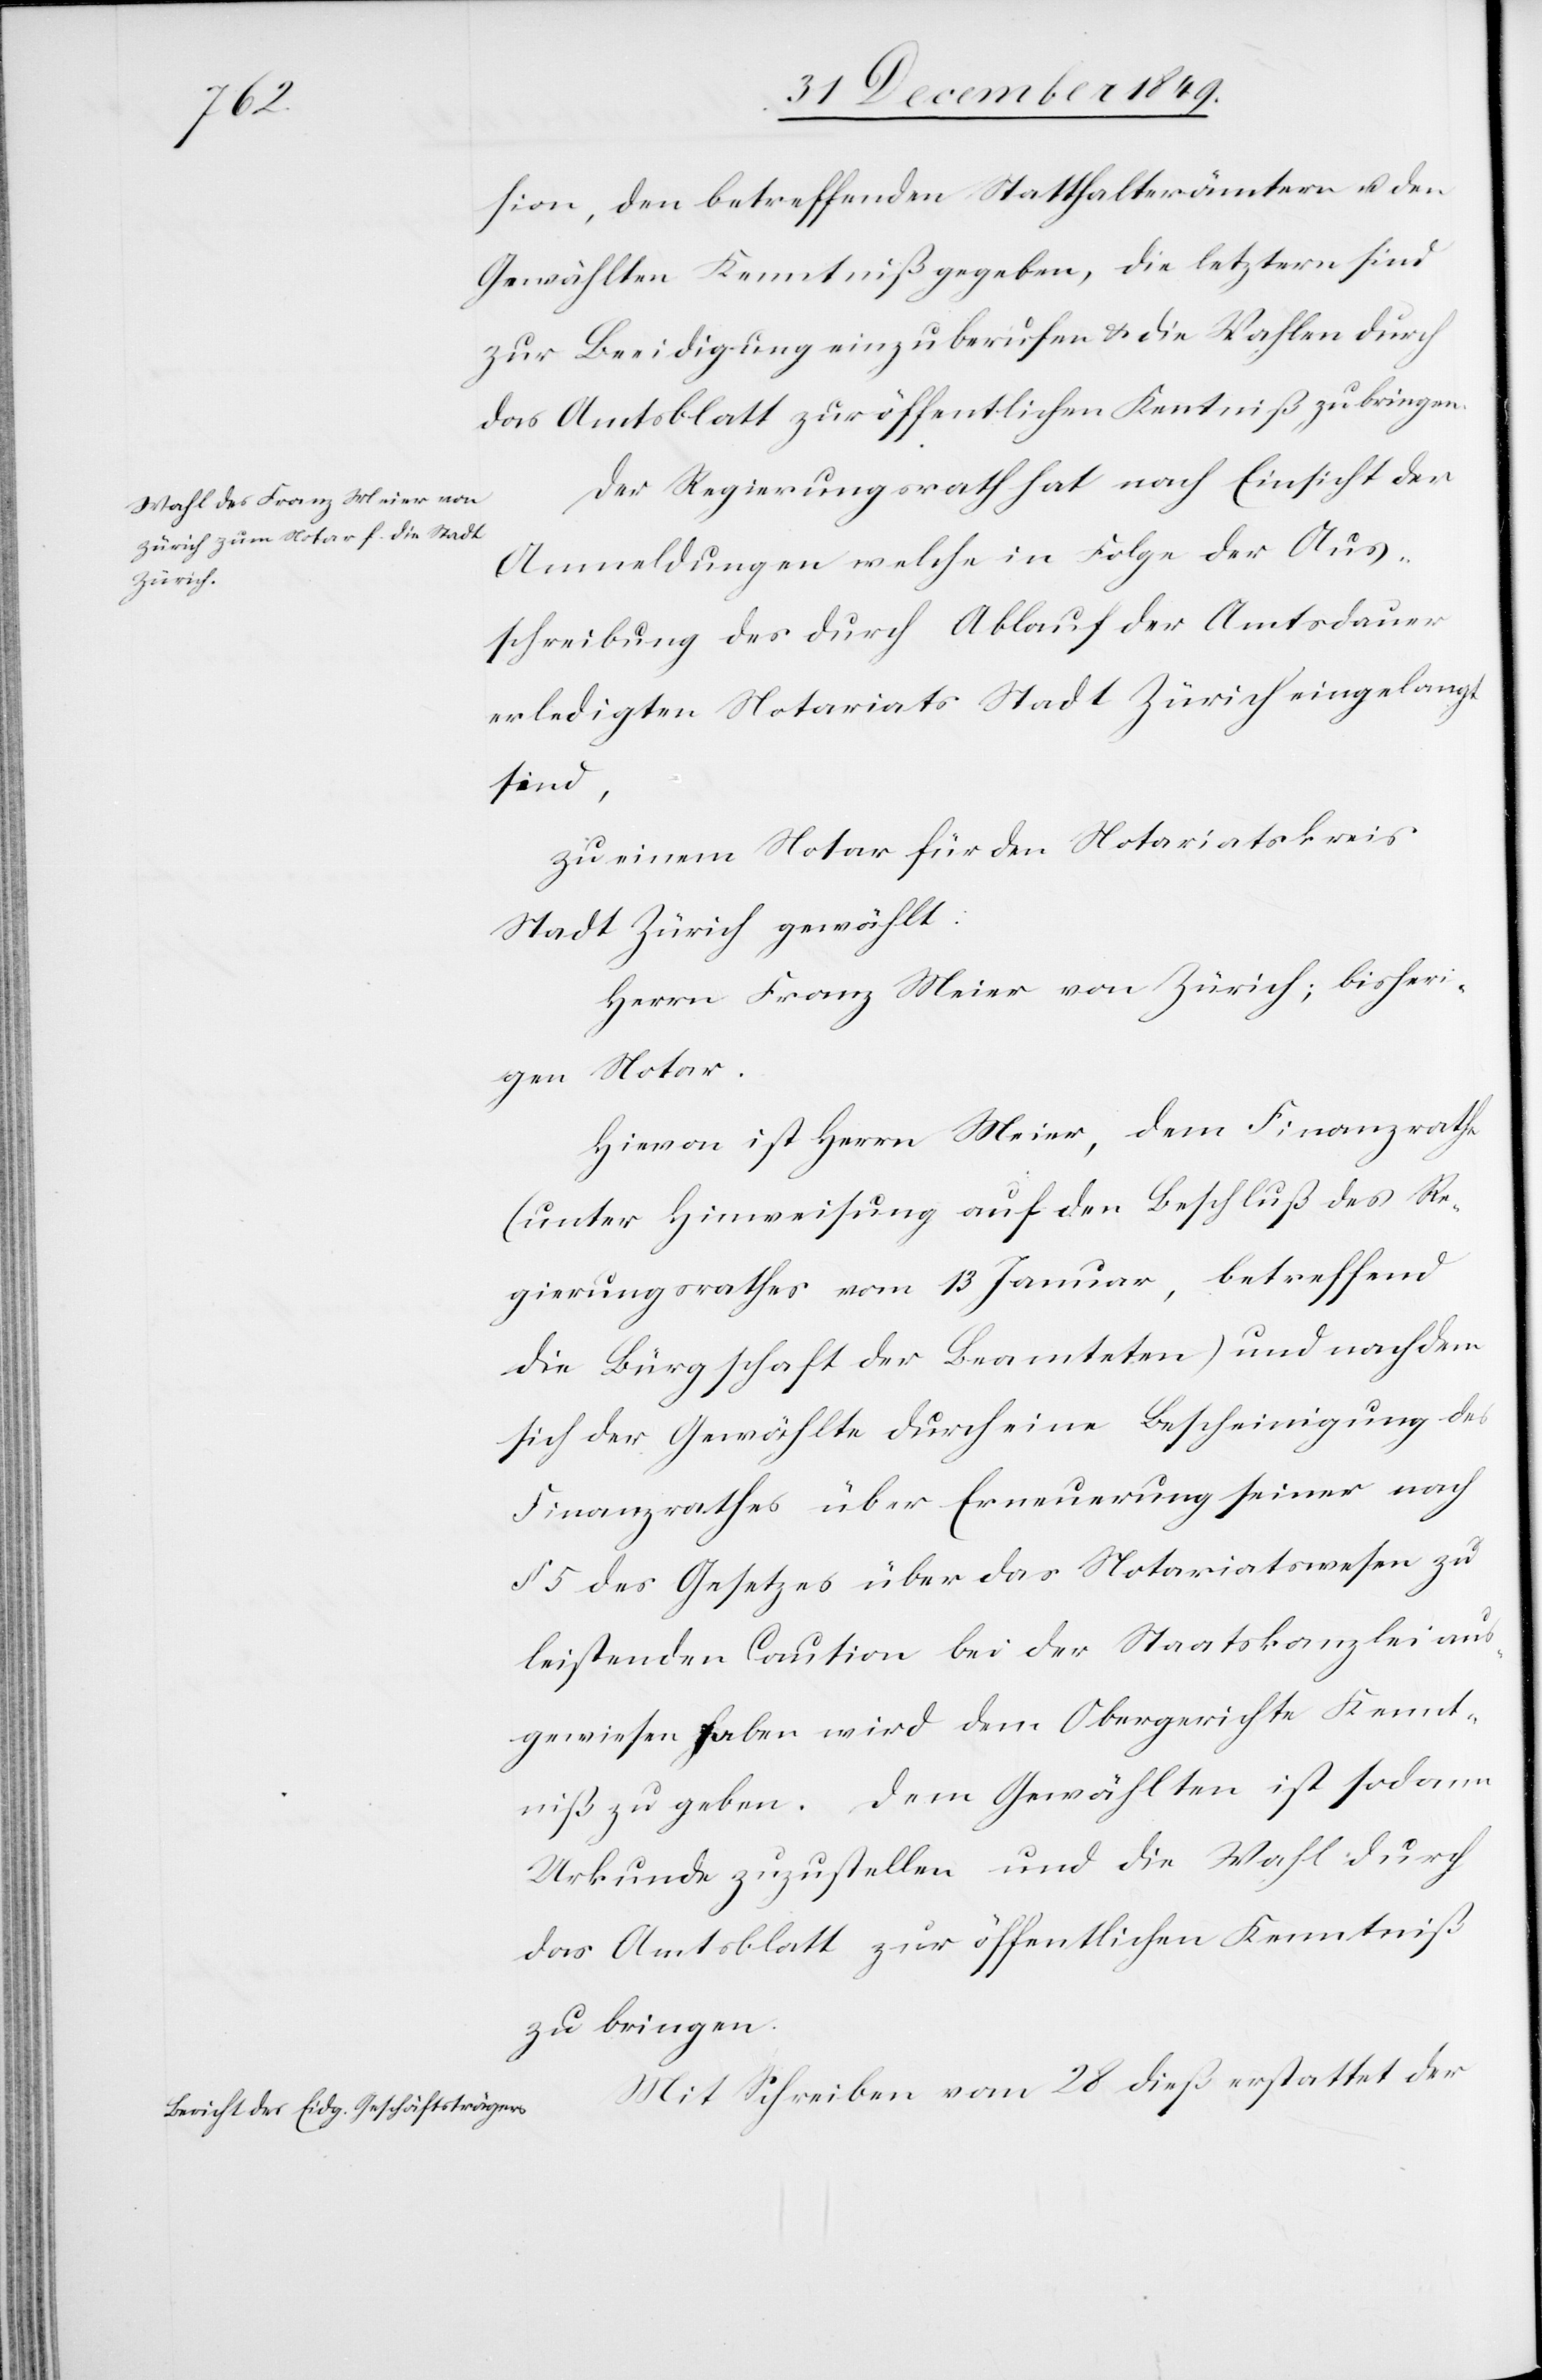
sion, den betreffenden Statthalterämtern u. den
Gewählten Kenntniß gegeben, die letztern sind
zur Beeidigung einzuberufen, u. die Wahlen durch
das Amtsblatt zur öffentlichen Kenntniß zu bringen.
Der Regierungsrath hat nach Einsicht der
Anmeldungen welche in Folge der Aus¬
schreibung des durch Ablauf der Amtsdauer
erledigten Notariats Stadt Zürich eingelangt
sind,
zu einem Notar für den Notariatskreis
Stadt Zürich gewählt:
Herrn Franz Meier von Zürich, bisheri¬
gen Notar.
Hievon ist Herrn Meier, dem Finanzrathe
(unter Hinweisung auf den Beschluß des Re¬
gierungsrathes vom 13 Januar, betreffend
die Bürgschaft der Beamteten) und nachdem
sich der Gewählte durch eine Bescheinigung des
Finanzrathes über Erneuerung seiner nach
§ 5 des Gesetzes über das Notariatswesen zu
leistenden Caution bei der Staatskanzlei aus¬
gewiesen haben wird dem Obergerichte Kennt¬
niß zu geben. Dem Gewählten ist sodann
Urkunde zuzustellen und die Wahl durch
das Amtsblatt zur öffentlichen Kenntniß
zu bringen.
Mit Schreiben vom 28 dieß erstattet der